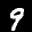
Label: 9